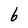
Character: 6